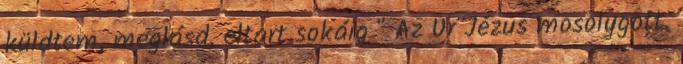
küldtem, meglásd, eltart sokáig " Az Úr Jézus mosolygott.